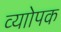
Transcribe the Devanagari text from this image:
व्याोपक